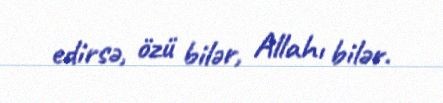
edirsə, özü bilər, Allahı bilər.